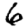
Digit: 6